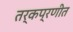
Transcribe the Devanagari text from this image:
तर्कप्रणीत